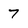
Character: 7